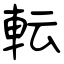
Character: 転